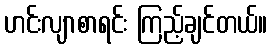
ဟင်းလျာစာရင်း ကြည့်ချင်တယ်။